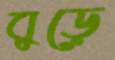
বুড়ে